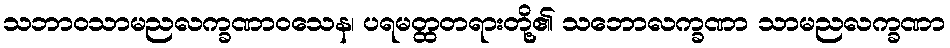
သဘာဝသာမညလက္ခဏာဝသေန၊ ပရမတ္ထတရားတို့၏ သဘောလက္ခဏာ သာမညလက္ခဏာ